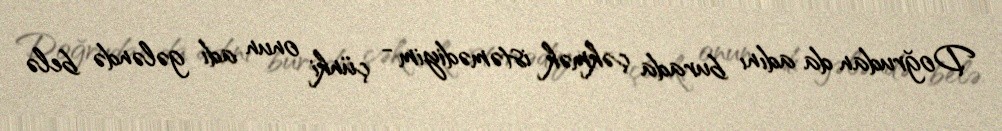
Doğrudan da adını burada çəkmək istəmədiyim - çünki onun adı gələndə belə